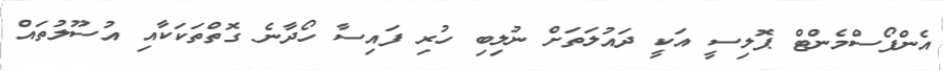
އެންފޯސްމެންޓް ޕޮލިސީ އަކީ ދައުލަތަށް ނުލިބި ހުރި ފައިސާ ހޯދާނެ ގޮތްތަކަކާއި އުސޫލުތައް